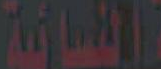
المسائية